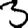
Digit: 3